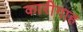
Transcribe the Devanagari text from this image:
कारीगाह